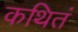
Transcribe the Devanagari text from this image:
कथितं